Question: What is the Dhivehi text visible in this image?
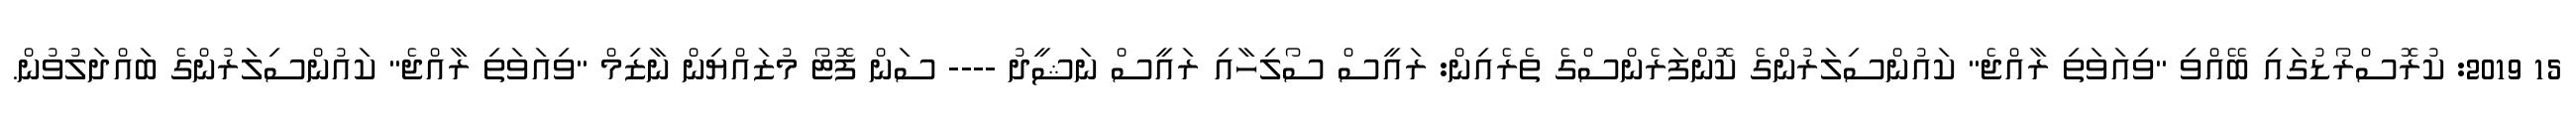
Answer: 15 2019: ކުރޮސްރޯޑުގައި ބޭއްވި "ވިއަވަތި ރާއްޖެ" ކައުންސިލަރުންގެ ކޮންފަރެންސްގެ ތެރެއިން: ރައީސް ސޯލިހާއި ރައީސް ނަޝީދު ---- ސަން ފޮޓޯ މުޒައްޔިން ނާޒިމް "ވިއަވަތި ރާއްޖެ" ކައުންސިލަރުންގެ ބައްދަލުވުން.